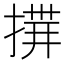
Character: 𢰎